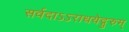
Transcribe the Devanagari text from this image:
सर्वदाऽऽराधयेद्गुरुम्